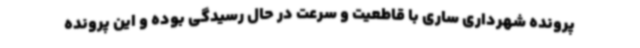
پرونده شهرداری ساری با قاطعیت و سرعت در حال رسیدگی بوده و این پرونده